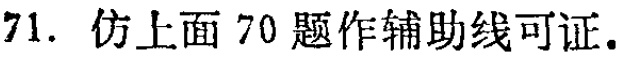
71. 仿上面 70 题作辅助线可证.